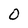
Character: O